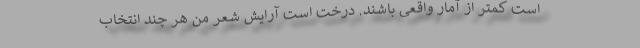
است کمتر از آمار واقعی باشند. درخت است آرایش شعر من هر چند انتخاب